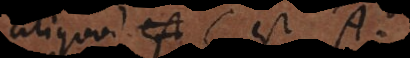
aliquod C est A.